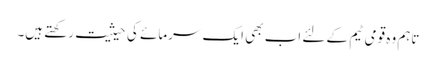
تاہم وہ قومی ٹیم کے لئے اب بھی ایک سرمائے کی حیثیت رکھتے ہیں۔